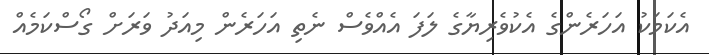
އެކަމަކު އަހަރެންގެ އެކުވެރިޔާގެ ލަފަ އެއްވެސް ނެތި އަހަރެން މިއަދު ވަރަށް ގޯސްކަމެއް